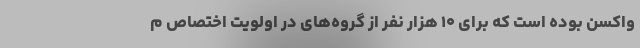
واکسن بوده است که برای ۱۰ هزار نفر از گروه‌های در اولویت اختصاص م